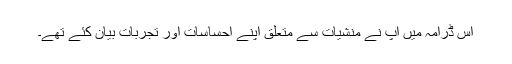
اس ڈرامہ میں آپ نے منشیات سے متعلق اپنے احساسات اور تجربات بیان کئے تھے۔